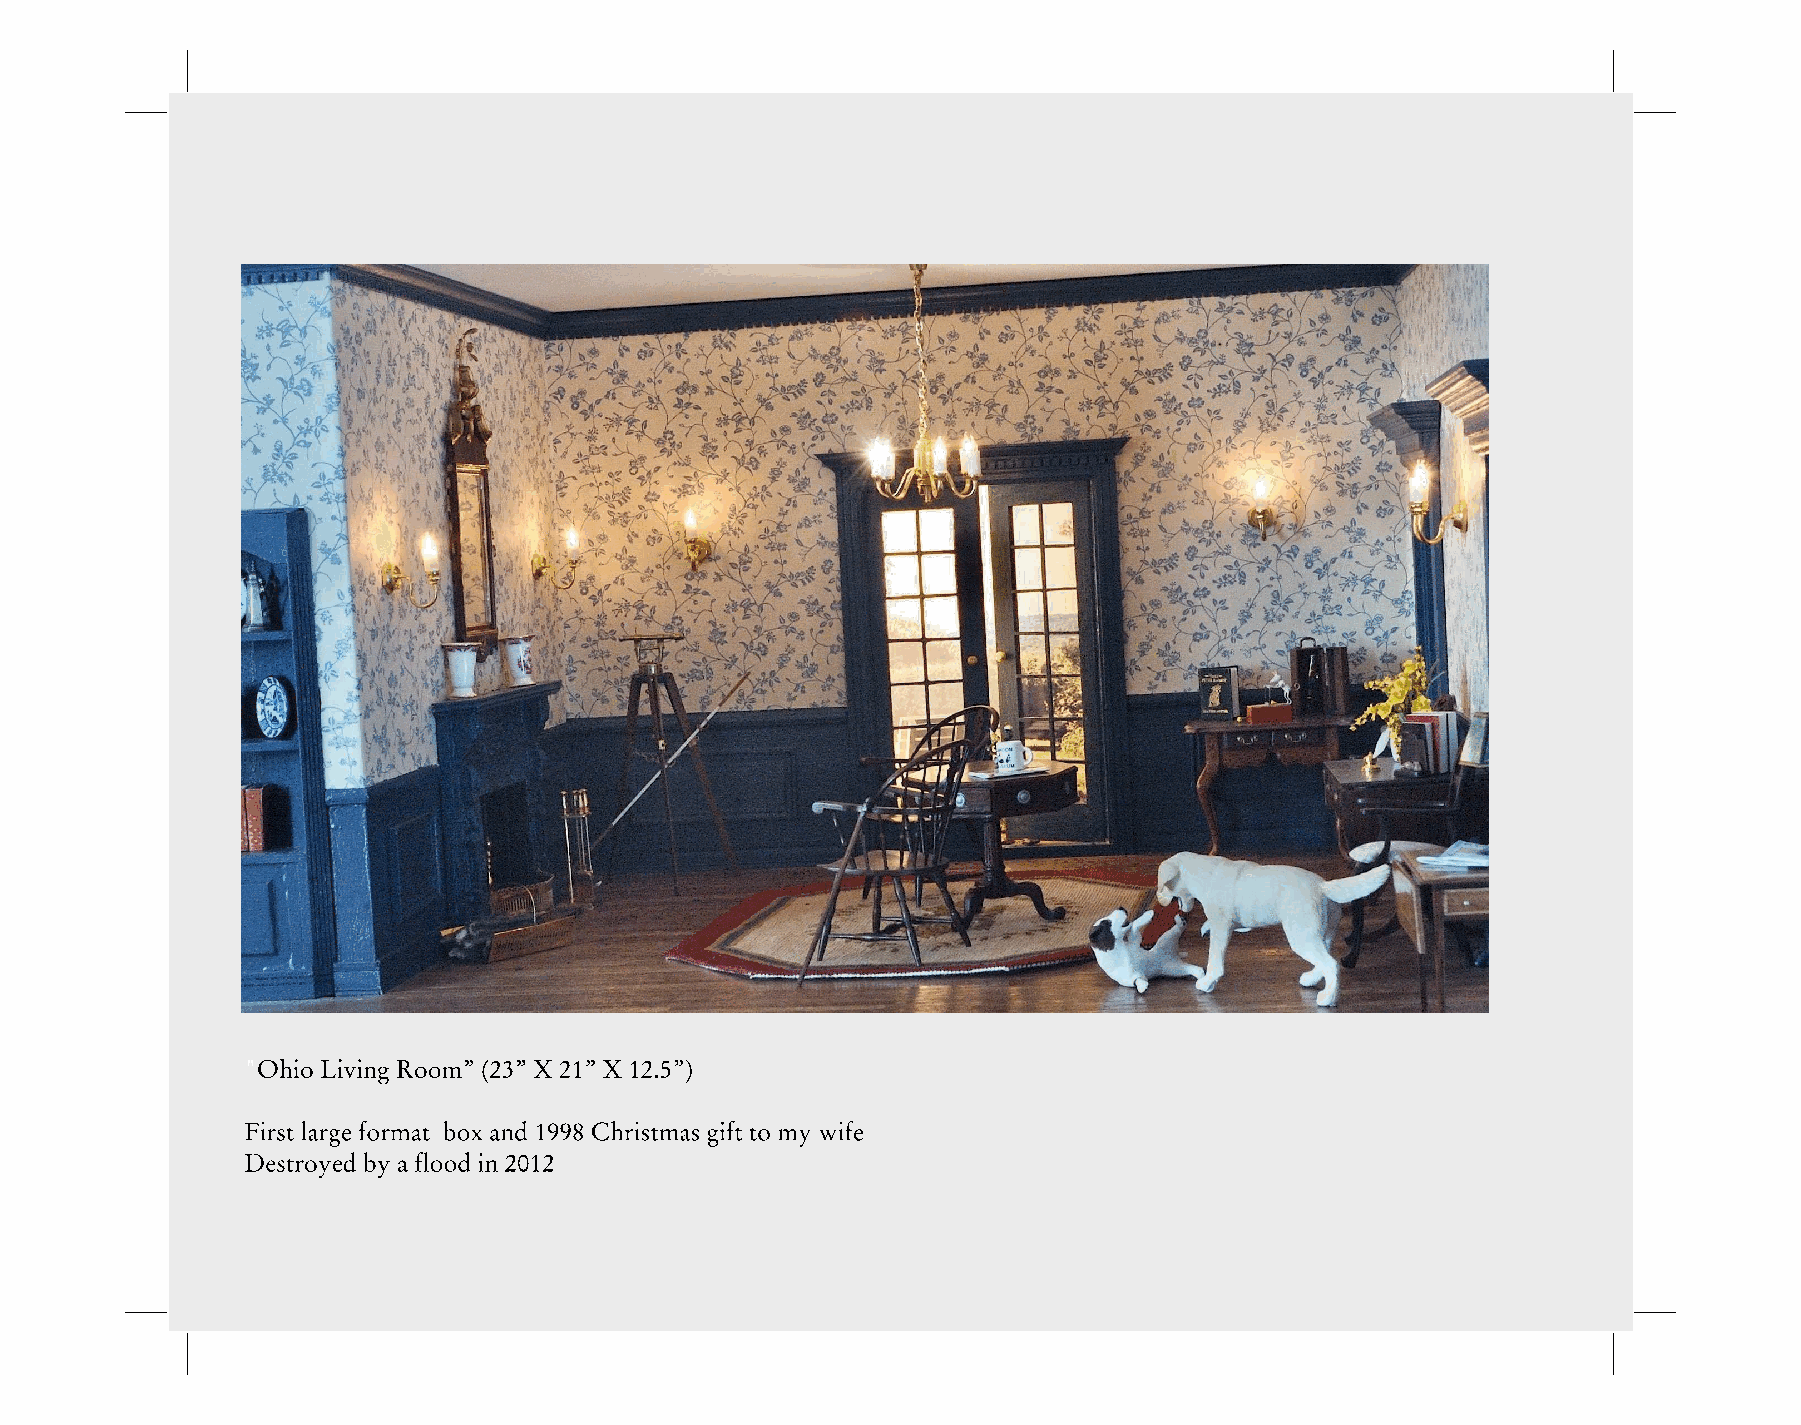
" Ohio Living Room” (23” X 21” X 12.5”)
 First large format box and 1998 Christmas gift to my wife
 Destroyed by a flood in 2012